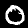
Digit: 0